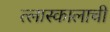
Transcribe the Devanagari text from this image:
त्लास्कालाची